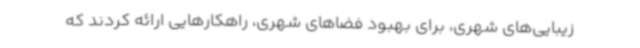
زیبایی‌های شهری، برای بهبود فضاهای شهری، راهکارهایی ارائه کردند که